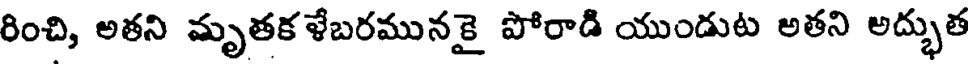
రించి, అతని మృతకళేబరమునకై పోరాడి యుండుట అతని అద్భుత